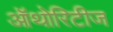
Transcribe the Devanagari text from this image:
ऑथोरिटीज